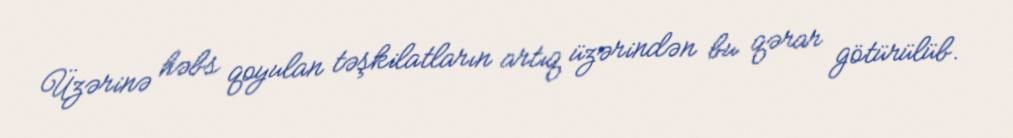
Üzərinə həbs qoyulan təşkilatların artıq üzərindən bu qərar götürülüb.